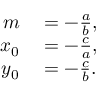
\begin{array} { r l } { m } & { { } = - { \frac { a } { b } } , } \\ { x _ { 0 } } & { { } = - { \frac { c } { a } } , } \\ { y _ { 0 } } & { { } = - { \frac { c } { b } } . } \end{array}